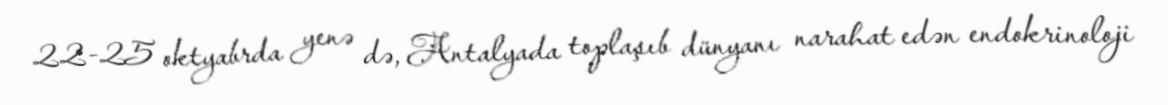
22-25 oktyabrda yenə də, Antalyada toplaşıb dünyanı narahat edən endokrinoloji